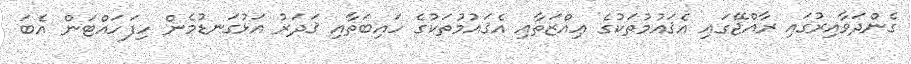
ގެންދަވާއިރުގައި ރާއްޖޭގައި އެޤައުމުތަކުގެ ޢިއްޒަތާއި އެޤައުމުތަކުގެ ހައިބަތާއި ޤަދަރު އަޅުގަނޑުމެން ހިފަހައްޓަން އެބަ